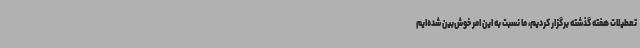
تعطیلات هفته گذشته برگزار کردیم، ما نسبت به این امر خوش‌بین شده‌ایم